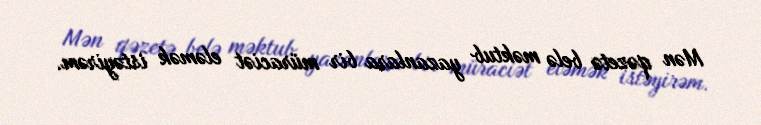
Mən qəzetə belə məktub yazanlara bir müraciət eləmək istəyirəm.